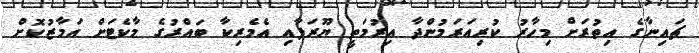
ޗައިނާގެ އިތުރަށް މިހާރު ކުރިއަރަމުންދާ އިރުމަތީ ޔޫރަޕާއި އެމެރިކާ ބައްރުގެ މާކެޓަށް އަމާޒުކޮށް